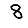
Digit: 8